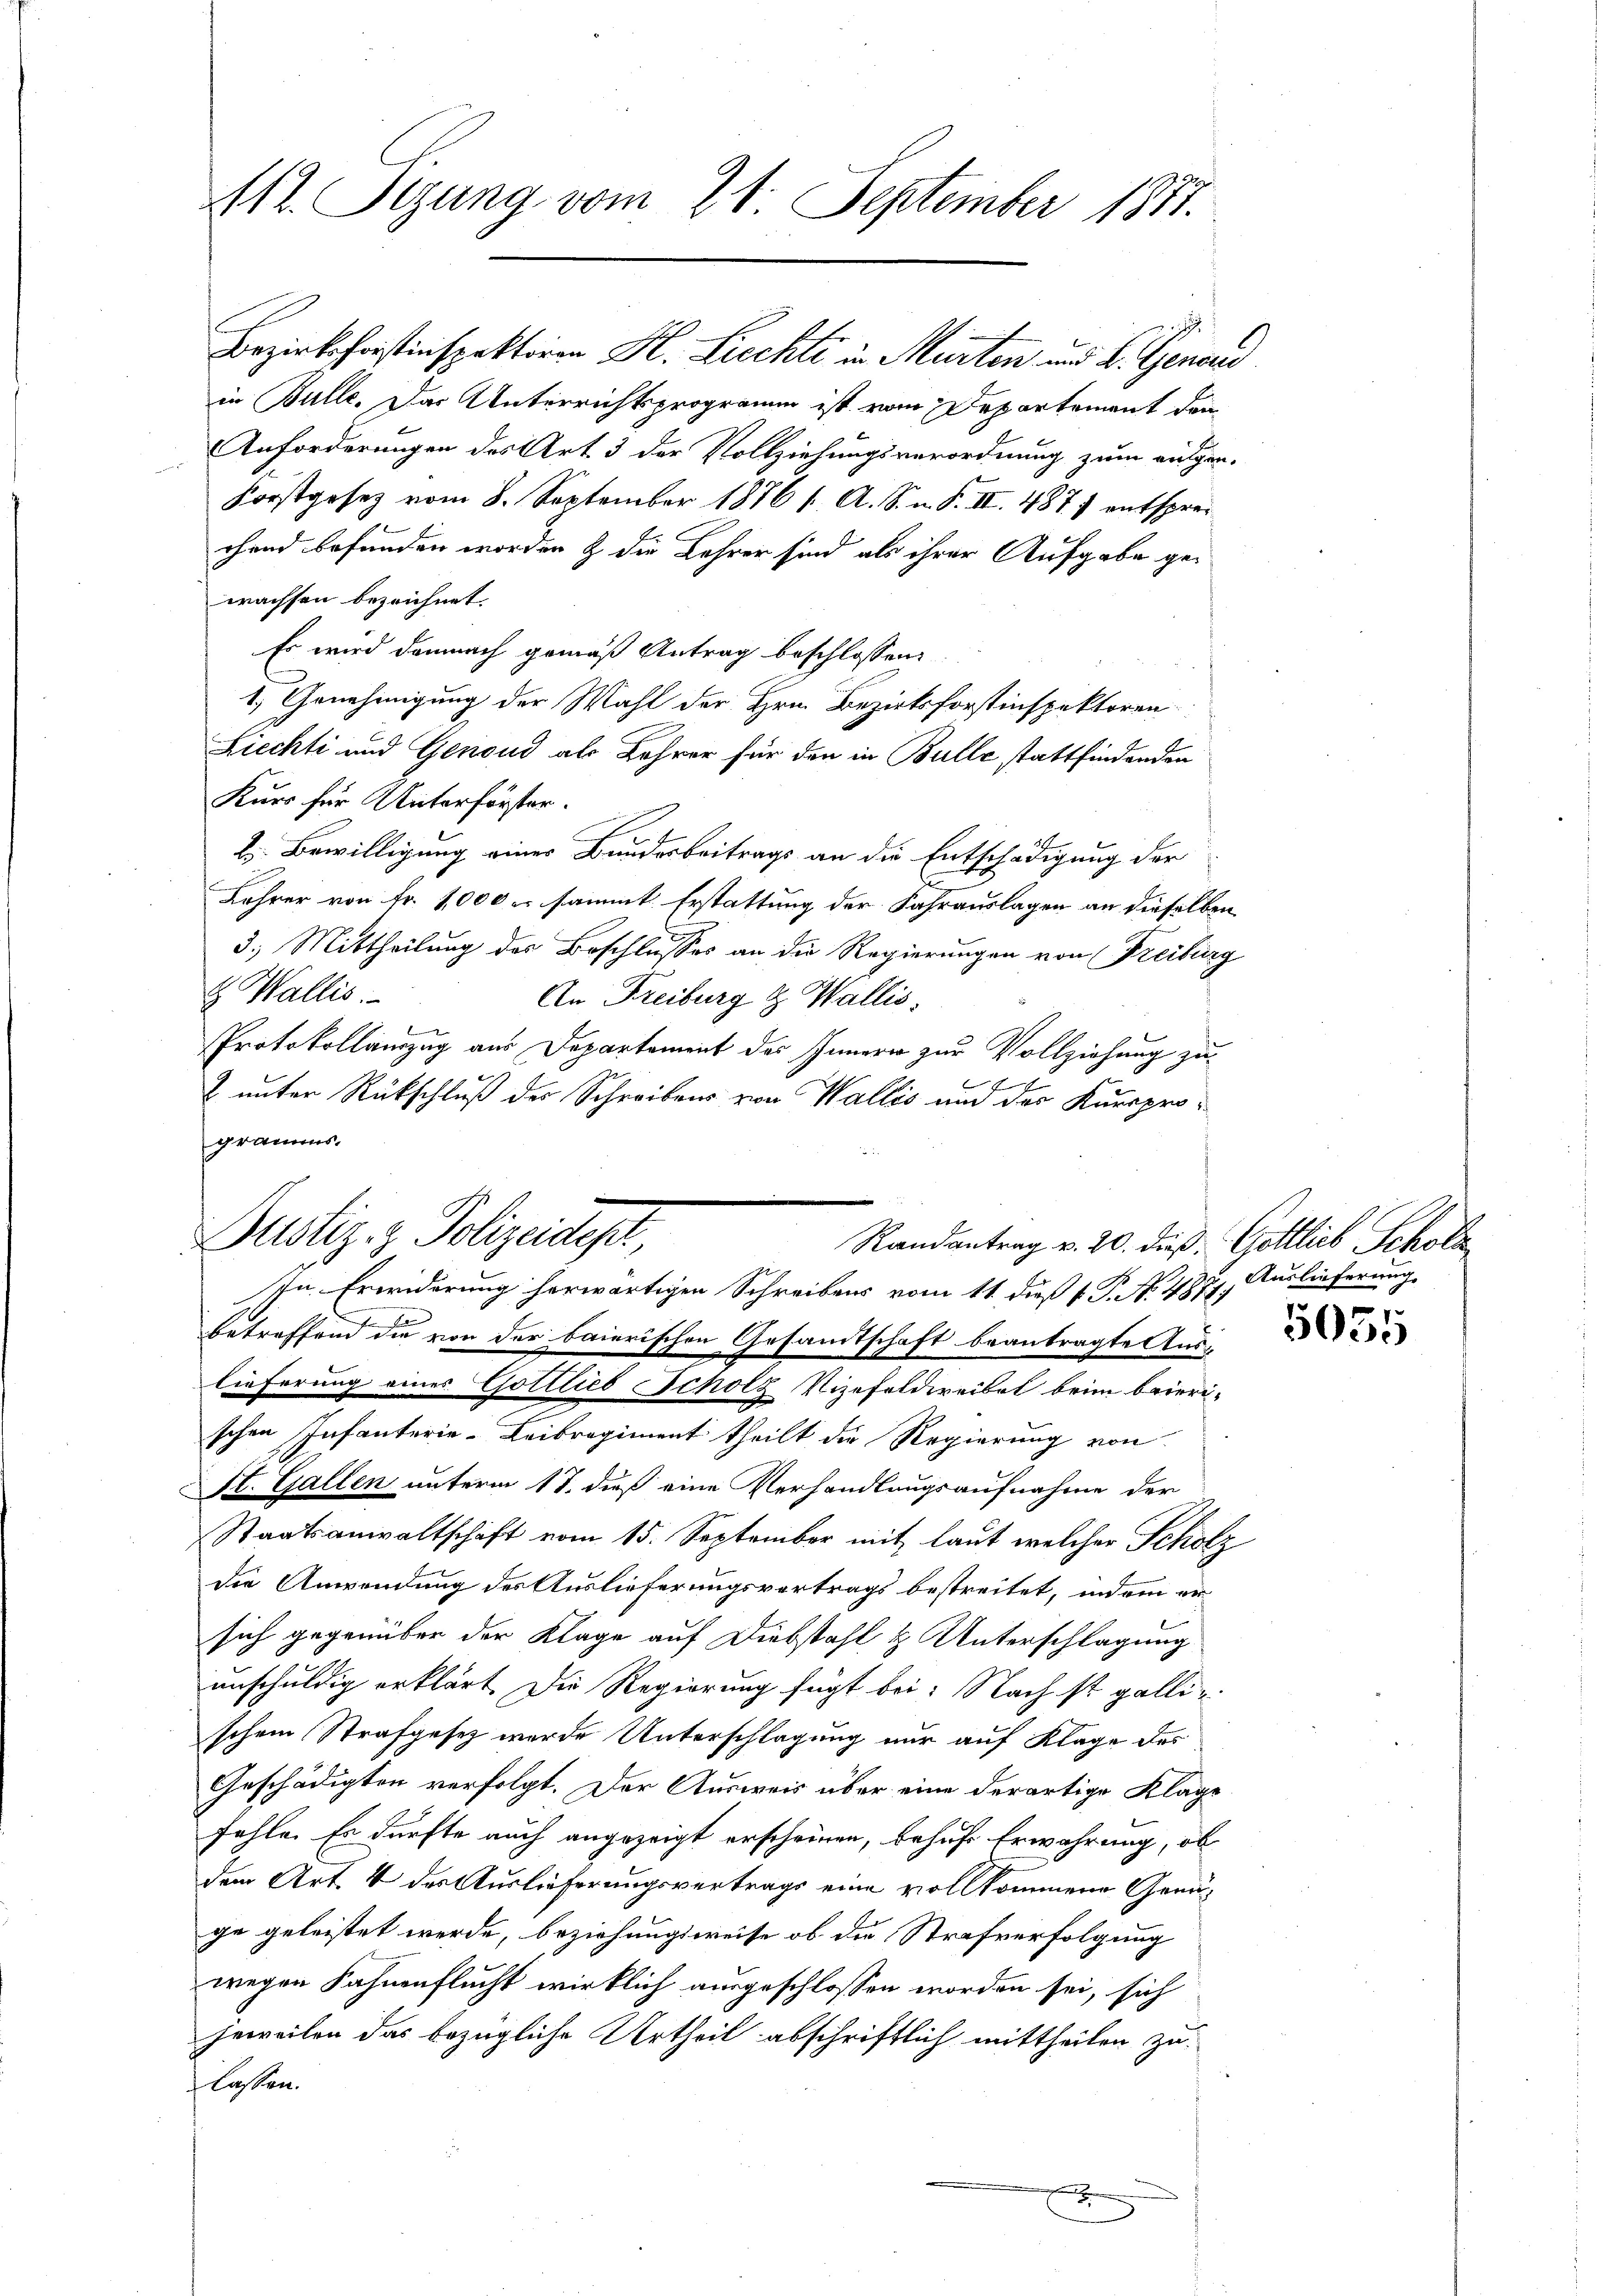
in Bulle. Das Unterrichtsprogramm ist vom Departement den
Anforderungen des Art. 3 der Vollziehungsverordnung zum augen-
Forstgesetz vom 8. September 1876 f. A. S. n. F. II. 487, entspreichend befunden worden & die Lehrer sind als ihrer Aufgabe gewachsen bezeichnet.
Es wird demnach gemäß Antrag beschlossen:
1. Genehmigung der Wahl der Hrn. Bezirksforstinspektoren
Liechti und Genoud als Lehrer für den in Bulle stattfindenden
Kurs für Unterförster.
2. Bewilligung eines Bundesbeitrags an die Entschädigung der
i
Lehrer von Fr. 1000 es sammt Erstattung der Fahrauslagen an dieselben
3.) Mittheilung des Beschlusses an die Regierungen von Freiburg
 Wallis.
An Freiburg & Wallis.
Protokollauszug aus Departement des Innern zur Vollziehung zu¬

2 unter Rückschluß des Schreibens von Wallis um des Kursprogramms.

112. Sizung vom 21. September 1881.

Bezirkshorstinspektiren H. Liechte in Murten und B. Genaud

Justiz- & Polizeidept.
Randantrag v. 20. dieß Gottlieb Scholz
In Erwiderung herwärtigen Schreibens vom 11. dieß v. P. No. 4871.

betreffend die von der baierischen Gesamtschaft beantragte Auslieferung eines Gottlieb Scholz Vizefeldweibel beim baieri-
schen Infanterie-Leibregiment theilt die Regierung von
St. Gallen unterm 17. dieß eine Verhandlungsaufnahme der
Staatsanwaltschaft vom 15. September mit laut welcher Scholz
die Anwendung des Auslieferungsvertrags bestreitet, indem ersich gegenüber der Klage auf Diebstahl & Unterschlagung
unschuldig erklärt. Die Regierung fügt bei: Nach ist gallischein Strafgesetz wurde Unterschlagung nur auf Klage des
Geschädigten verfolgt. Der Ausweis über eine derartige Klage
fehle. Es dürfte auch angezeigt erscheinen, behufe Erwährung, ob
dem Art. 4 des Auslieferungsvertrags eine vollkommene Genüge geleistet werde, beziehungsweise ob die Strafverfolgung
wegen Fahnenflucht wirklich ausgeschlossen worden sei, sich
jeweilen das bezügliche Urtheil abschriftlich mittheilen zulassen.
x

Auslieferung.

5035